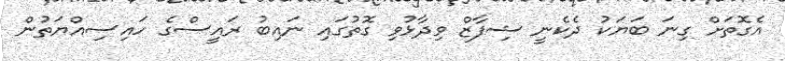
އެގޮތަށް ގިނަ ބަަޔަކު ދެކެނީ ޝިފާޒް ވިދާޅުވި ގޮތުގައި ނައިބު ރައީސްގެ ހައިސިއްޔަތުން